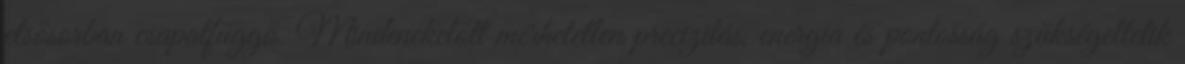
elsősorban csapatfüggő. Mindenekelőtt mérhetetlen precizitás, energia és pontosság szükségeltetik